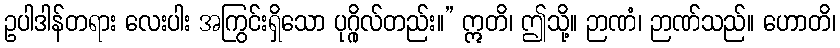
ဥပါဒါန်တရား လေးပါး အကြွင်းရှိသော ပုဂ္ဂိုလ်တည်း။” ဣတိ၊ ဤသို့။ ဉာဏံ၊ ဉာဏ်သည်။ ဟောတိ၊